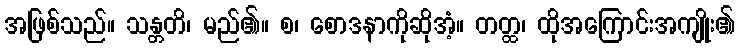
အဖြစ်သည်။ သန္တတိ၊ မည်၏။ စ၊ စောဒနာကိုဆိုအံ့။ တတ္ထ၊ ထိုအကြောင်းအကျိုး၏